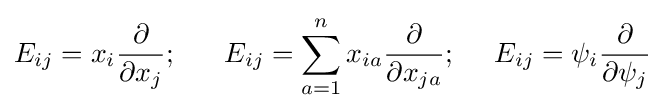
E_{ij}=x_{i}{\frac {\partial }{\partial x_{j}}};~~~~~E_{ij}=\sum _{a=1}^{n}x_{ia}{\frac {\partial }{\partial x_{ja}}};~~~~E_{ij}=\psi _{i}{\frac {\partial }{\partial \psi _{j}}}